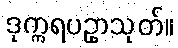
ဒုက္ကရပဥှာသုတ်။